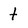
Character: t